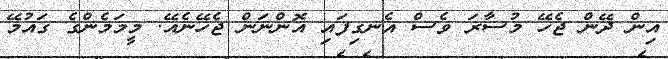
އިން ދޭން ޖެހޭ މުސާރަ ވެސް އެނގިފައި އޮންނަން ޖެހޭނެއޭ. މީމަމެންގެ ގައުމޭ